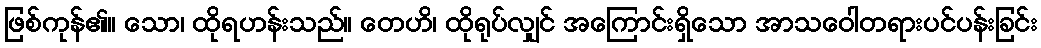
ဖြစ်ကုန်၏။ သော၊ ထိုရဟန်းသည်။ တေဟိ၊ ထိုရုပ်လျှင် အကြောင်းရှိသော အာသဝေါတရားပင်ပန်းခြင်း